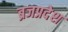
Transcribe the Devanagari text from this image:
ब्रजप्रदेश